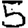
Digit: 5